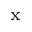
_ \mathrm { x }